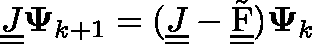
\underline { { \underline { { J } } } } \mathbf { \Psi } _ { k + 1 } = ( \underline { { \underline { { J } } } } - \underline { { \underline { { \Tilde { \operatorname { F } } } } } } ) \mathbf { \Psi } _ { k }